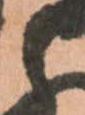
と